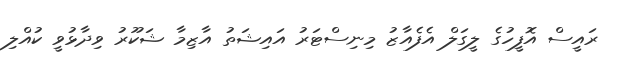
ރައީސް އޮފީހުގެ ލީގަލް އެފެއާޒު މިނިސްޓަރު އައިޝަތު އާޒިމާ ޝަކޫރު ވިދާޅުވީ ކުއްލި